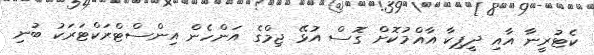
ކެޓުރީނާ އާއި ދީޕިކާ އާއްމުކޮށް ގޮސް އުޅޭ ޖިމްގެ އަންހެން އިންސްޓްރަކްޓަރަކު ބުނި